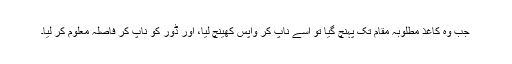
جب وہ کاغذ مطلوبہ مقام تک پہنچ گیا تو اسے ناپ کر واپس کھینچ لیا، اور ڈور کو ناپ کر فاصلہ معلوم کر لیا۔